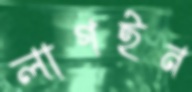
লাগইন